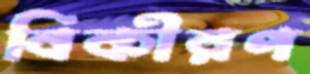
বিকীরণ